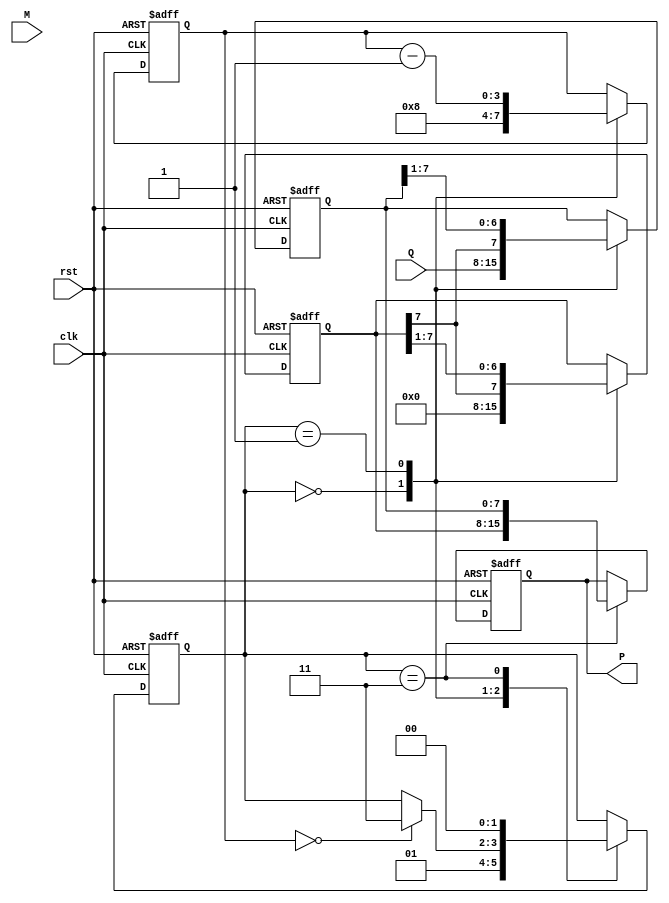
module modified_booth_multiplier #(parameter WIDTH = 8) (
    input wire clk,
    input wire rst,
    input wire [WIDTH-1:0] M,  // Multiplicand
    input wire [WIDTH-1:0] Q,  // Multiplier
    output reg [2*WIDTH-1:0] P // Product
);

    reg [WIDTH-1:0] Q_reg;      // Multiplier register
    reg [WIDTH-1:0] M_reg;      // Multiplicand register
    reg [WIDTH-1:0] A;          // Accumulator
    reg Q_1;                    // Previous bit of Q
    reg [3:0] count;            // Counter for iterations
    reg [1:0] state;            // State for control logic

    localparam IDLE = 2'b00, EXECUTE = 2'b01, SHIFT = 2'b10, DONE = 2'b11;

    always @(posedge clk or posedge rst) begin
        if (rst) begin
            P <= 0;
            A <= 0;
            Q_reg <= 0;
            M_reg <= 0;
            Q_1 <= 0;
            count <= 0;
            state <= IDLE;
        end else begin
            case (state)
                IDLE: begin
                    // Load inputs and initialize
                    M_reg <= M;
                    Q_reg <= Q;
                    A <= 0;
                    Q_1 <= 0;
                    count <= WIDTH; // Number of bits to process
                    state <= EXECUTE;
                end

                EXECUTE: begin
                    // Booth encoding logic
                    case ({Q_reg[0], Q_1})
                        2'b00: begin
                            // No action
                        end
                        2'b01: begin
                            // Add M to A
                            A <= A + M_reg;
                        end
                        2'b10: begin
                            // Subtract M from A
                            A <= A - M_reg;
                        end
                        2'b11: begin
                            // No action
                        end
                    endcase

                    // Prepare for shifting
                    Q_1 <= Q_reg[0]; // Update Q-1
                    Q_reg <= {A[WIDTH-1], Q_reg[WIDTH-1:1]}; // Shift Q
                    A <= {A[WIDTH-1], A[WIDTH-1:1]}; // Shift A

                    count <= count - 1;
                    if (count == 0) begin
                        state <= DONE; // Move to done state
                    end
                end

                DONE: begin
                    // Store the final product
                    P <= {A, Q_reg}; // Combine A and Q for final product
                    state <= IDLE; // Reset to idle for next operation
                end
            endcase
        end
    end
endmodule